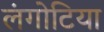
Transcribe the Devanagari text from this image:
लंगोटिया